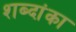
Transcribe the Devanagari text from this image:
शब्दांका